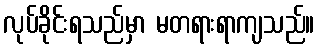
လုပ်ခိုင်းရသည်မှာ မတရားရာကျသည်။